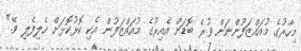
މިހާރުގެ މުއައްޒަފުންނަށް ވުރެ ބޮޑަށް އެއިރުގެ މުއައްޒަފުން އެކި ކޮޅުކޮޅަށް ހެލިފެލި ވޭ."